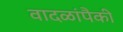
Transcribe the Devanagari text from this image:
वादळांपैकी